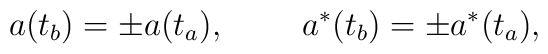
a(t_b)=\pm a(t_a),~~~~~~~a^*(t_b)=\pm a^*(t_a),~~~